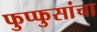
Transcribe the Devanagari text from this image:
फुप्फुसांचा